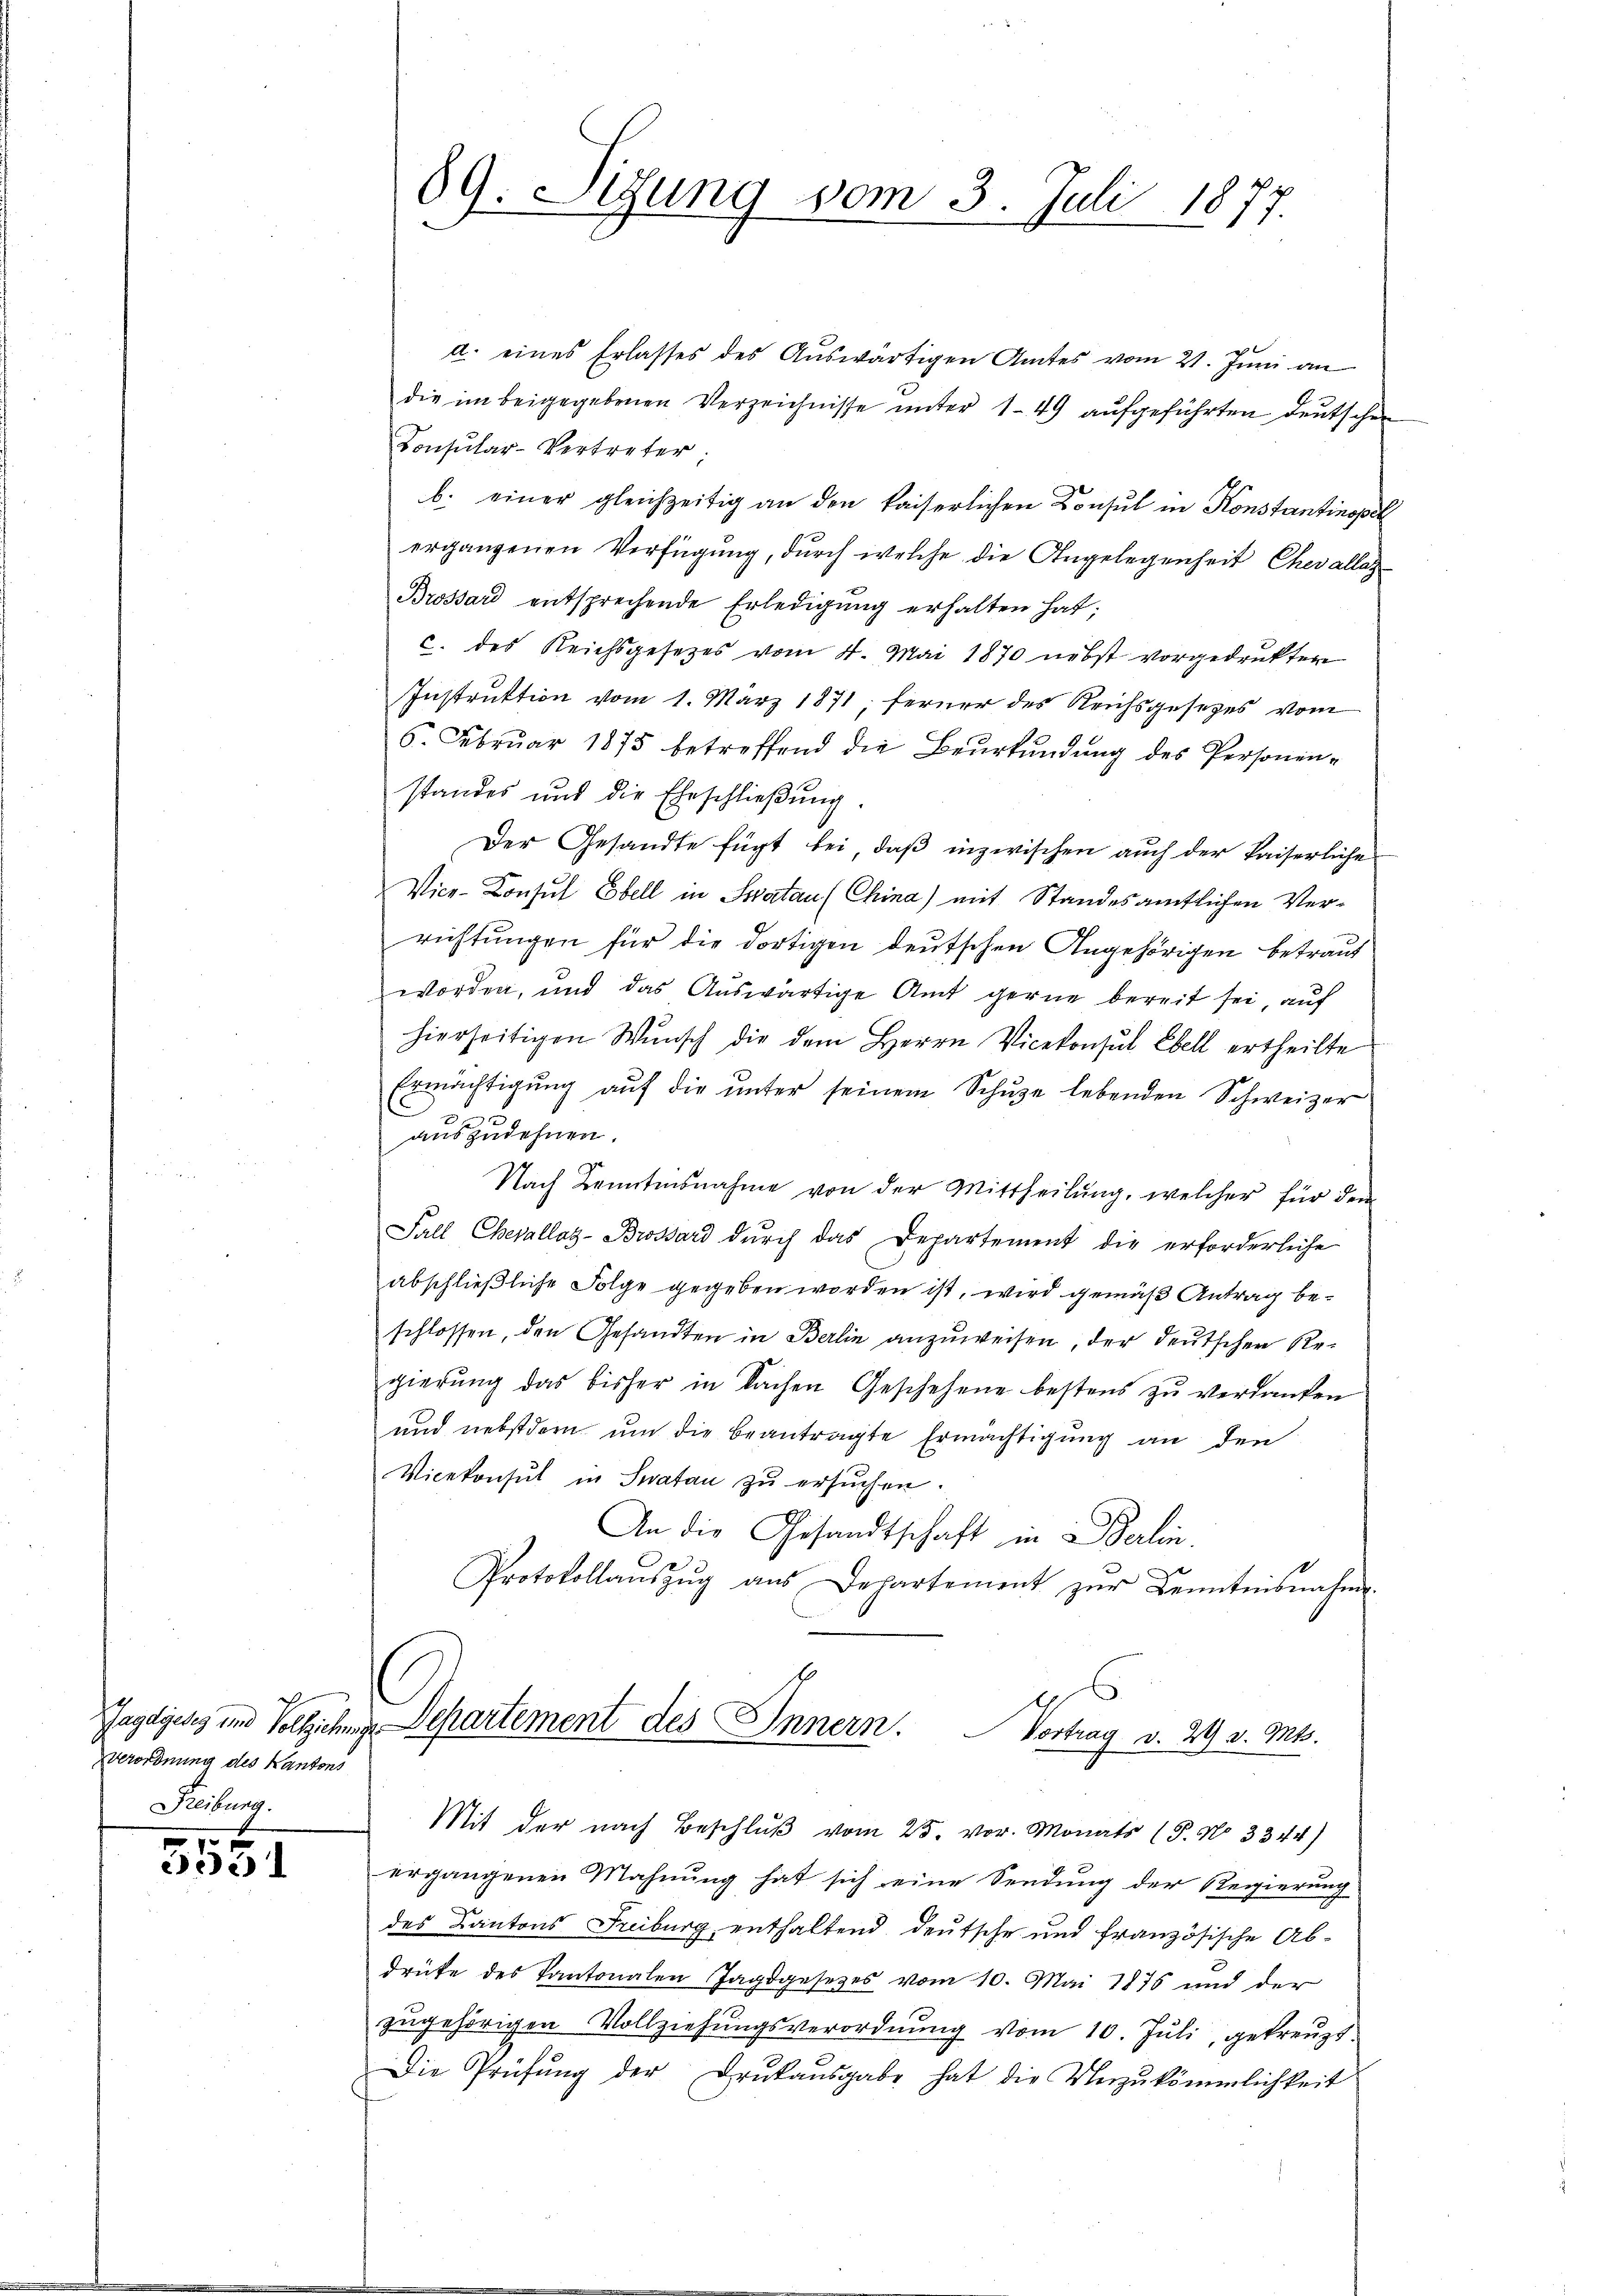
Verordnung des Kantons
Reiburg.

3531

89. Sitzung vom 3. Juli 1877.

d. eines Erlasses des Auswärtigen Amtes vom 21. Juni an
die im beigegebenen Verzeichnisse unter 149 aufgeführten Deutschen
Consular-Vertreter:
b. einer gleichzeitig an den kaiserlichen Consul in Konstantinopel
ergangenen Verfügung, durch welche die Angelegenheit Chevallas¬
Brossard entsprechende Erledigung erhalten hat;
c. des Reichsgesetzes vom 4. Mai 1870 nebst vorgedrukten
Instruktion vom 1. März 1871; ferner des Reichsgesezes vom
6. Februar 1875 betreffend die Beurkundung des Personenstandes und die Eheschließung.
Der Gesandte fügt bei, daß inzwischen auch der kaiserliche
Vice-Consul Ebell in Schatau (China) mit Standesamtlichen Verrichtungen für die dortigen deutschen Angehörigen betraut
worden, und das Auswärtige Amt gerne bereit sei, auf
hierseitigen Wunsch die dem Herrn Vicekonsul Ebell ertheilte
Ermächtigung auf die unter seinem Schuze lebenden Schweizer
I
auszudehnen.
Nach Kenntnisnahme von der Mittheilung, welcher für dem
Fall Chevallas-Brossard dŭrch das Departement die erforderliche
abschließliche Folge gegeben worden ist, wird gemäß Antrag beschlossen, den Gesandten in Berlin anzuweisen, der deutschen Regierung das bisher in Sachen Geschehene bestens zu verdanken
und nebstdern um die beantragte Ermächtigung an den
Vicekonsul in Suatan zu ersŭchen.
An die Gesandtschaft in Berlin.
Protokollaŭszŭg aŭs Departement zŭr Kenntnisnahme
Gagdgeses um Vollziehung Departement des Innern. Vortrag v. 29 v. Mts.
Mit der nach Beschlŭβ vom 25. vor. Monats (T. No 3344)
ergangenen Mahnŭng hat sich eine Sendung der Regierŭng
des Kantons Freiburg, enthaltend deutsche und französische Abdrüke des Kantonalen Jagdgesetzes vom 10. Mai 1876 und der
zugehörigen Vollziehungsverordnung vom 10. Juli, gekreuzt
Die Prüfung der Drukausgabe hat die Unzukömmlichkeit